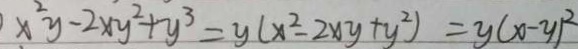
) x ^ { 2 } y - 2 x y ^ { 2 } + y ^ { 3 } = y ( x ^ { 2 } - 2 x y + y ^ { 2 } ) = y ( x - y ) ^ { 2 }